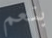
بنعم